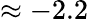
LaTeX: \approx-2.2